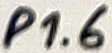
Text: P1.6